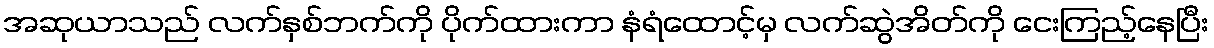
အဆုယာသည် လက်နှစ်ဘက်ကို ပိုက်ထားကာ နံရံထောင့်မှ လက်ဆွဲအိတ်ကို ငေးကြည့်နေပြီး